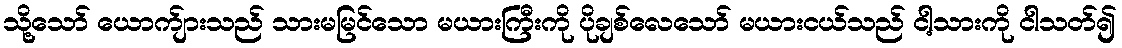
သို့သော် ယောက်ျားသည် သားမမြင်သော မယားကြီးကို ပိုချစ်လေသော် မယားငယ်သည် ငါ့သားကို ငါသတ်၍